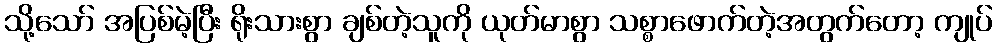
သို့သော် အပြစ်မဲ့ပြီး ရိုးသားစွာ ချစ်တဲ့သူကို ယုတ်မာစွာ သစ္စာဖောက်တဲ့အတွက်တော့ ကျုပ်